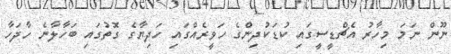
ނޫން ނަމަ މިހާރު އެޗްޑީސީގައި ކުޑަކުދިންގެ ހަވީރެއްގައި ހަދިޔާގެ ގޮތުގައި ބަހާލާނެ ހާދަހާ